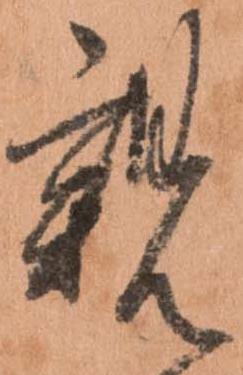
親